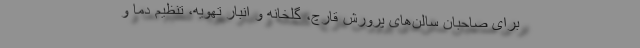
برای صاحبان سالن‌های پرورش قارچ، گلخانه و انبار تهویه، تنظیم دما و